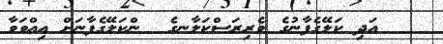
އަދި ކަލޭގެފާނުގެ ވެރިރަސްކަލާނގެ  ންކަލޭގެފާނަށް އިއްވަވާ